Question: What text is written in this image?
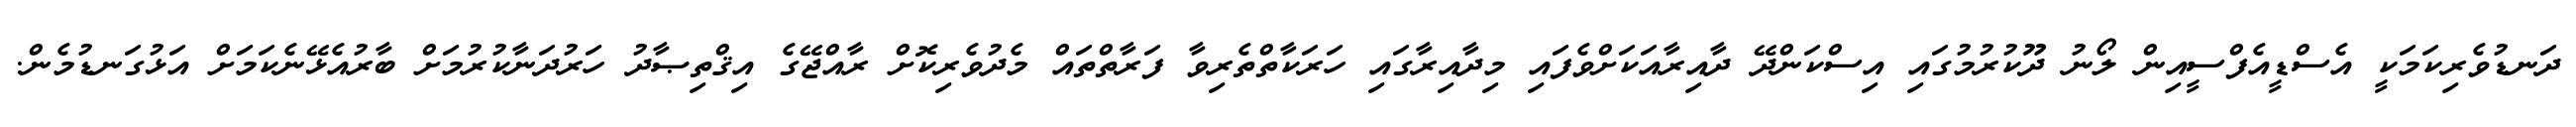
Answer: ދަނޑުވެރިކަމަކީ އެސްޑީއެފްސީއިން ލޯނު ދޫކުރުމުގައި އިސްކަންދޭ ދާއިރާއަކަށްވެފައި މިދާއިރާގައި ހަރަކާތްތެރިވާ ފަރާތްތައް މެދުވެރިކޮށް ރާއްޖޭގެ އިޤްތިޞާދު ހަރުދަނާކުރުމަށް ބާރުއެޅޭނެކަމަށް އަޅުގަނޑުމެން.